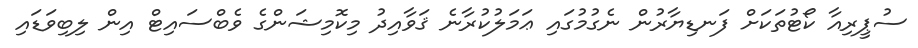
ސުޕީރިއާ ކޯޓުތަކަށް ފަނޑިޔާރުން ނެގުމުގައި ޢަމަލުކުރާނެ ޤަވާއިދު މިކޮމިޝަންގެ ވެބްސައިޓް އިން ލިބިވަޑައި